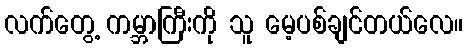
လက်တွေ့ ကမ္ဘာကြီးကို သူ မေ့ပစ်ချင်တယ်လေ။